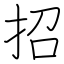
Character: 招